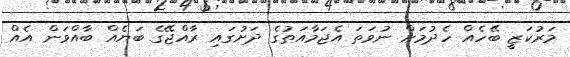
މަރުކަޒީ ބޭހެއް ހެދުމަށް ނުވަތަ އެޖަމާއަތުގެ ދަށުގައި ރާއްޖޭގެ ބަޔެއް ބާއްވަން އެއް